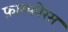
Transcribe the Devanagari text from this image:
फ़ास्फोरस